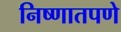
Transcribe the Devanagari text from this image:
निष्णातपणे